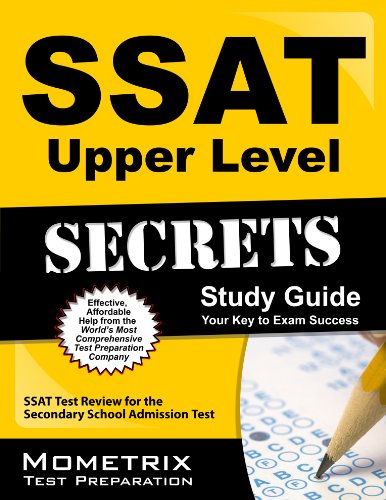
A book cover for SSAT Upper Level Secrets Study Guide: SSAT Test Review for the Secondary School Admission Test (Secrets (Mometrix)); SSAT Exam Secrets Test Prep Team; Test Preparation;